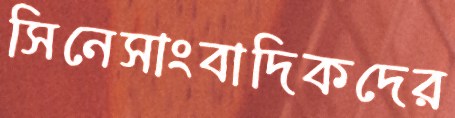
সিনেসাংবাদিকদের